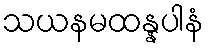
သယနမထန္နပါနံ